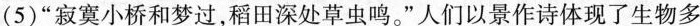
(5)”寂寞小桥和梦过，稻田深处草虫鸣。”人们以景作诗体现了生物多